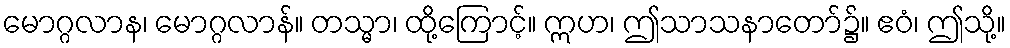
မောဂ္ဂလာန၊ မောဂ္ဂလာန်။ တသ္မာ၊ ထို့ကြောင့်။ ဣဟ၊ ဤသာသနာတော်၌။ ဧဝံ၊ ဤသို့။